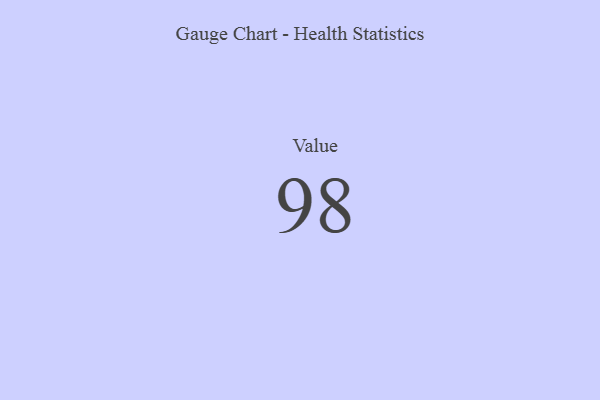
{"axis": {"x": "Metric", "y": "Value"}, "legend": [""], "data": [{"x": "Value", "y": 98, "type": ""}]}